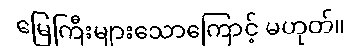
မြေကြီးများသောကြောင့် မဟုတ်။